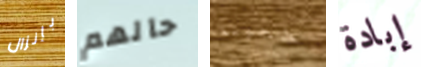
بإنزال حالهم خجولة إبادة